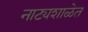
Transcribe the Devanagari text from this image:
नाट्यशाळेत